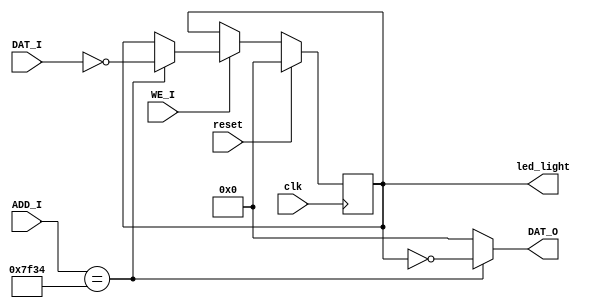
`timescale 1ns / 1ps
//////////////////////////////////////////////////////////////////////////////////
// Company: 
// Engineer: 
// 
// Design Name: 
// Module Name:    led_light 
// Project Name: 
// Target Devices: 
// Tool versions: 
// Description: 
//
// Dependencies: 
//
// Revision: 
// Revision 0.01 - File Created
// Additional Comments: 
//
//////////////////////////////////////////////////////////////////////////////////
module led_light(
    output reg [31:0] led_light,
	 input [31:0] ADD_I,
	 input WE_I,
	 input [31:0] DAT_I,
	 output [31:0] DAT_O,
	 input clk, reset
    );

always @(posedge clk) begin
	if (reset) begin
		led_light = 0;
	end else if (WE_I) begin
		if (ADD_I == 32'h0000_7f34) begin
			$display("LED: %b", DAT_I);
			led_light = ~DAT_I;
		end
	end
	
end

assign DAT_O = ADD_I == 32'h0000_7f34 ? ~led_light : 32'b0;

endmodule